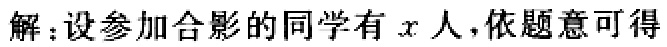
解：设参加合影的同学有\(x\)人,依题意可得